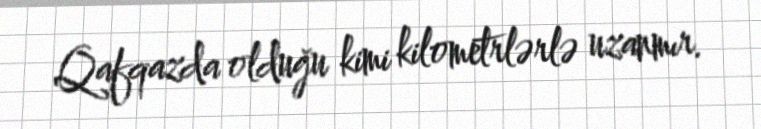
Qafqazda olduğu kimi kilometrlərlə uzanmır.